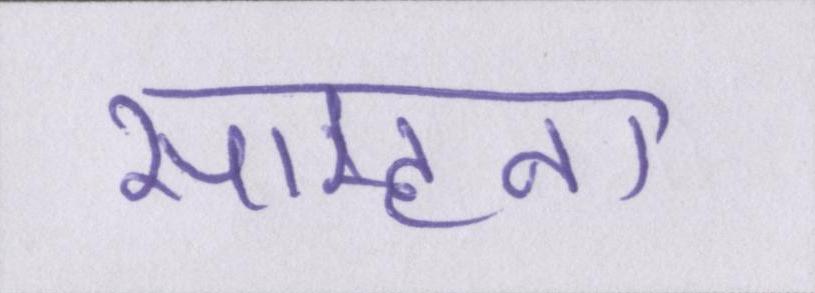
साम्हना